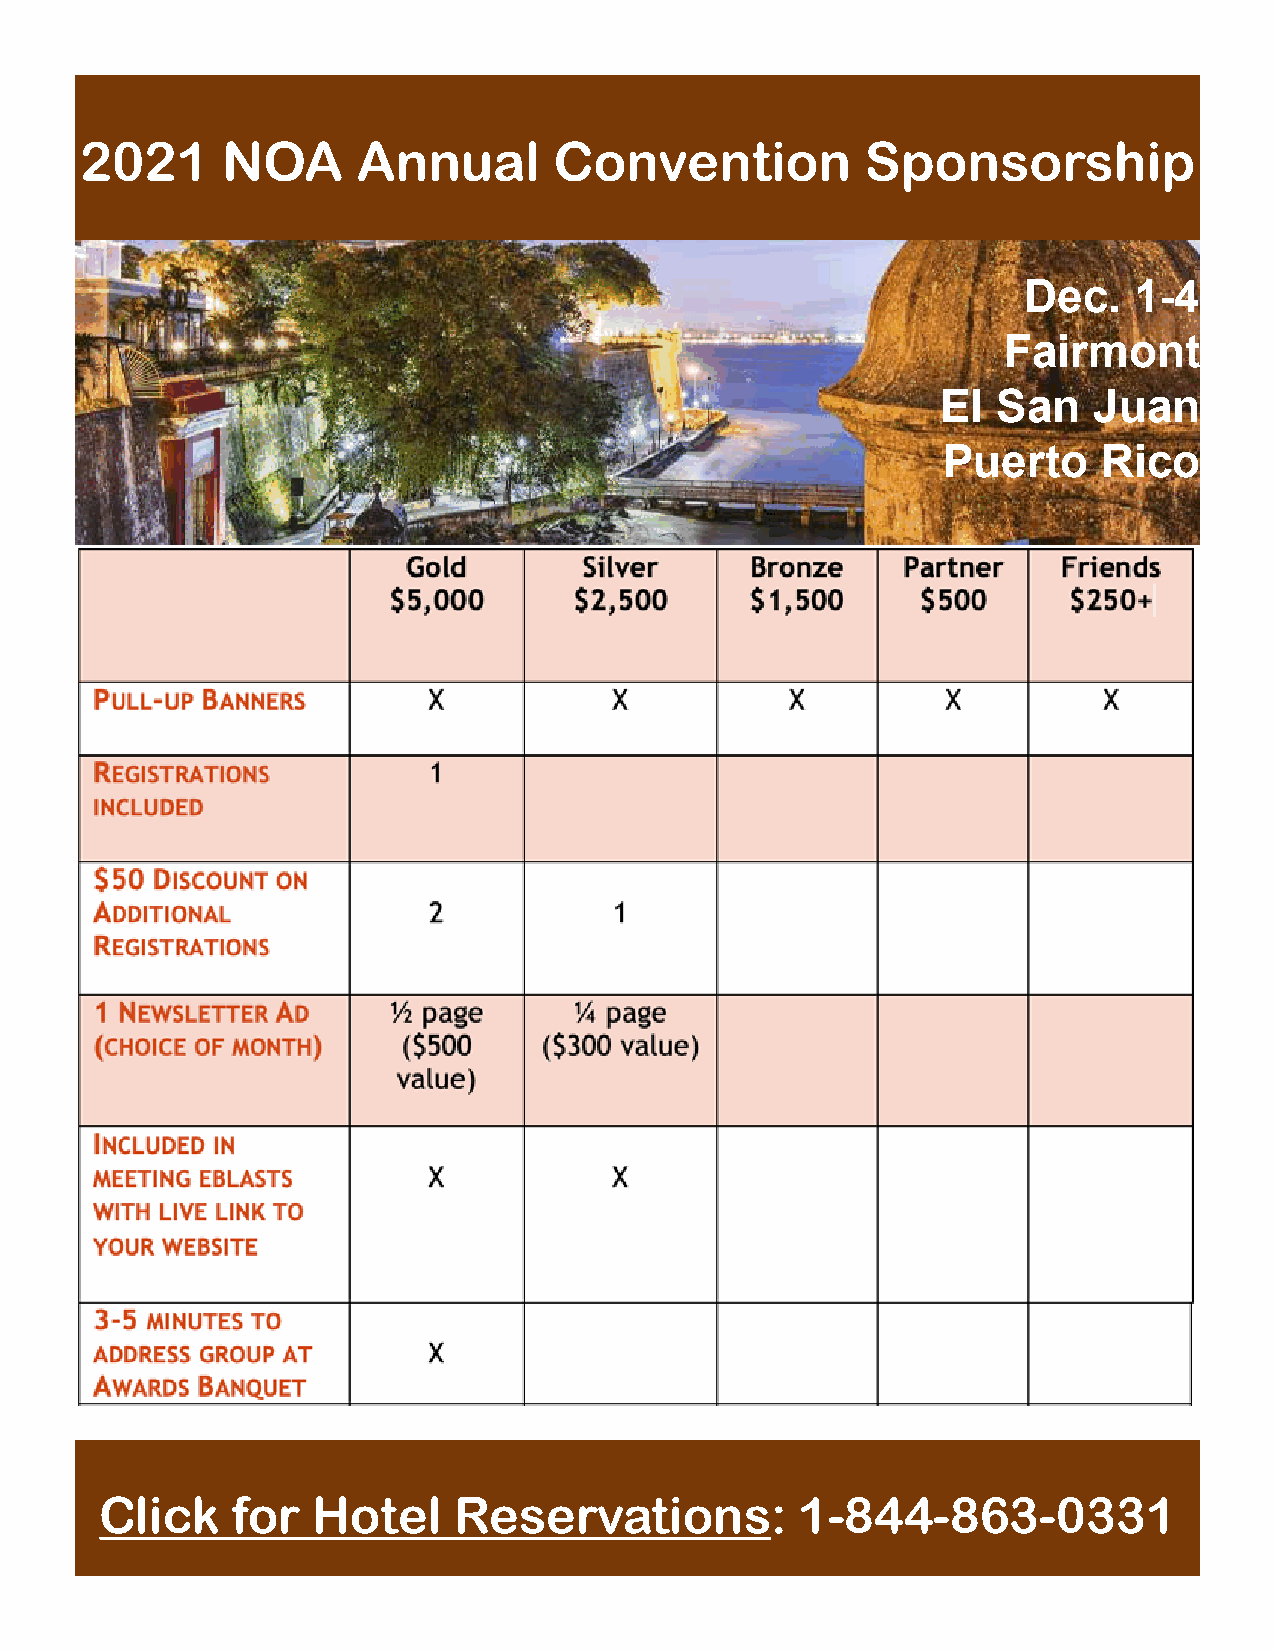
2021      NOA      Annual       Convention          Sponsorship
 Dec.   1-4
 Fairmont
 El  San   Juan
 Puerto     Rico
 Click   for   Hotel    Reservations:          1-844-863-0331